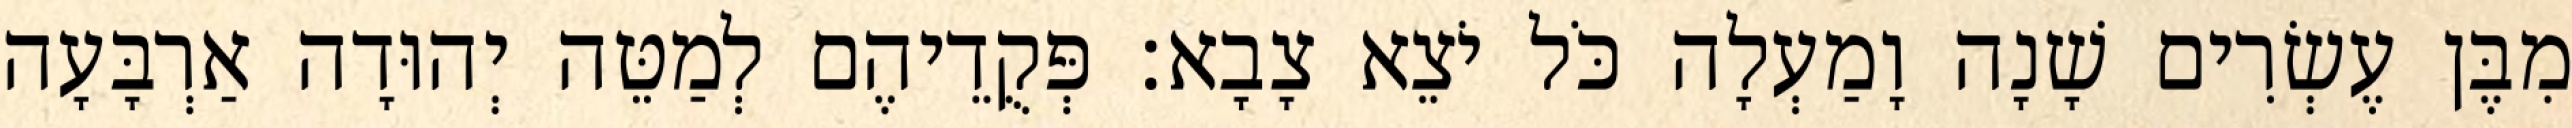
מִבֶּן עֶשְׂרִים שָׁנָה וָמַעְלָה כֹּל יֹצֵא צָבָא׃ פְּקֻדֵיהֶם לְמַטֵּה יְהוּדָה אַרְבָּעָה